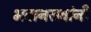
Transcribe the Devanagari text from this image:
भवानरावांनी